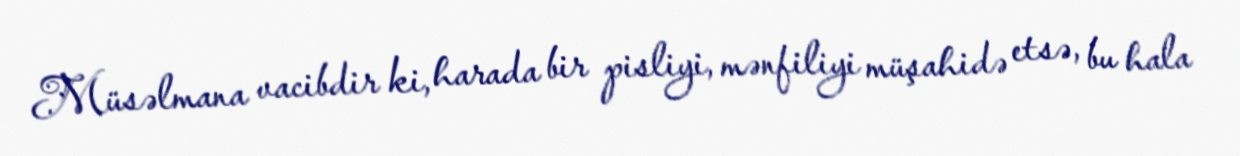
Müsəlmana vacibdir ki, harada bir pisliyi, mənfiliyi müşahidə etsə, bu hala